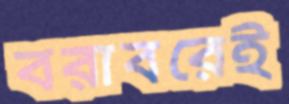
বরাবরেই